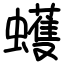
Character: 蠖